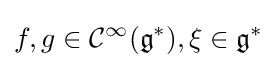
f,g\in {\mathcal {C}}^{\infty }({\mathfrak {g}}^{*}),\xi \in {\mathfrak {g}}^{*}